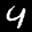
Label: 4